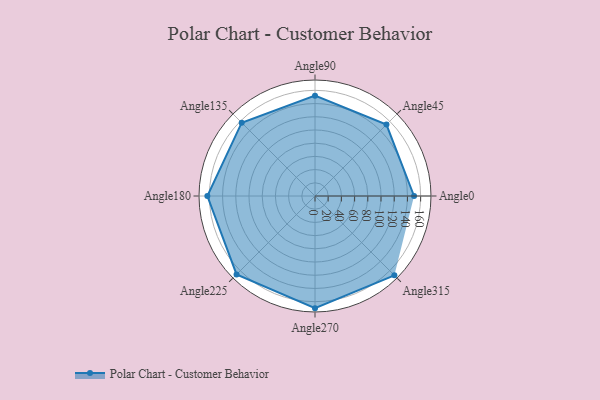
{"axis": {"x": "Angle", "y": "Radius"}, "legend": [""], "data": [{"x": "Angle0", "y": 150.0, "type": ""}, {"x": "Angle45", "y": 153.0, "type": ""}, {"x": "Angle90", "y": 152.0, "type": ""}, {"x": "Angle135", "y": 157.0, "type": ""}, {"x": "Angle180", "y": 163.0, "type": ""}, {"x": "Angle225", "y": 168.0, "type": ""}, {"x": "Angle270", "y": 170, "type": ""}, {"x": "Angle315", "y": 170, "type": ""}]}